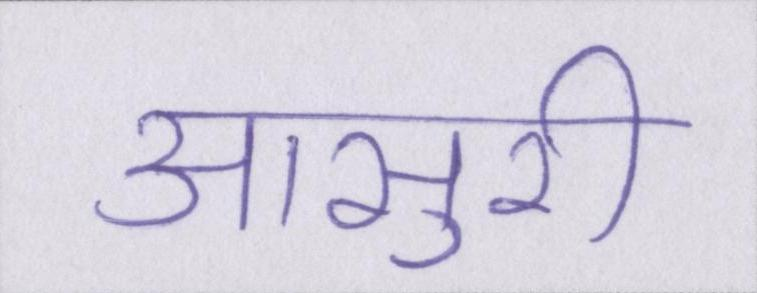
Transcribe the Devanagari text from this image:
आसुरी